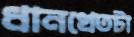
ধানখেতটা